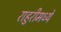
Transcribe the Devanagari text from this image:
राहुरीमध्ये